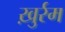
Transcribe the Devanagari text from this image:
ख़ुर्रम